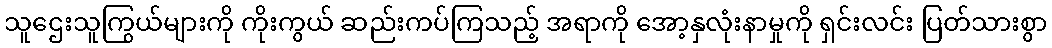
သူဌေးသူကြွယ်များကို ကိုးကွယ် ဆည်းကပ်ကြသည့် အရာကို အော့နှလုံးနာမှုကို ရှင်းလင်း ပြတ်သားစွာ